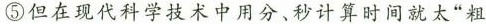
⑤但在现代科学技术中用分、秒计算时间就太“粗